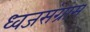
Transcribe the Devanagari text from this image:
ध्वजसंग्राम